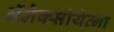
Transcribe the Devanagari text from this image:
ॲलेक्सीयेव्ना